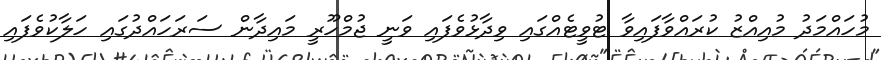
މުހައްމަދު މުއިއްޒު ކުރައްވާފައިވާ ޓުވީޓެއްގައި ވިދާޅުވެފައި ވަނީ ޖުމްހޫރީ މައިދާން ސަރަހައްދުގައި ހަލާކުވެފައި